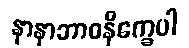
နာနာဘာဝနိက္ခေပါ